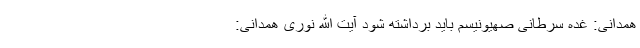
همدانی: غده سرطانی صهیونیسم باید برداشته شود آیت الله نوری همدانی: